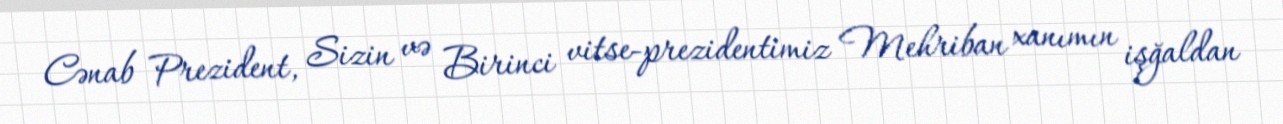
Cənab Prezident, Sizin və Birinci vitse-prezidentimiz Mehriban xanımın işğaldan